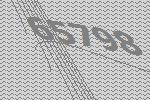
65798